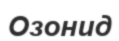
Озонид